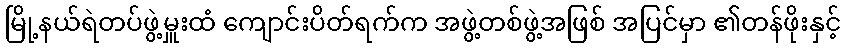
မြို့နယ်ရဲတပ်ဖွဲ့မှူးထံ ကျောင်းပိတ်ရက်က အဖွဲ့တစ်ဖွဲ့အဖြစ် အပြင်မှာ ၏တန်ဖိုးနှင့်